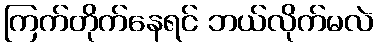
ကြက်တိုက်နေရင် ဘယ်လိုက်မလဲ